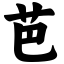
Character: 芭